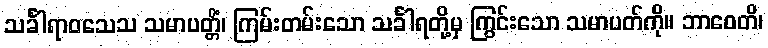
သင်္ခါရာဝသေသ သမာပတ္တိံ၊ ကြမ်းတမ်းသော သင်္ခါရတို့မှ ကြွင်းသော သမာပတ်ကို။ ဘာဝေတိ၊